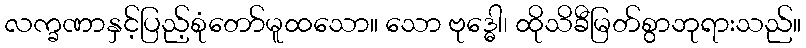
လက္ခဏာနှင့်ပြည့်စုံတော်မူထသော။ သော ဗုဒ္ဓေါ၊ ထိုသိခီမြတ်စွာဘုရားသည်။